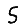
Digit: 5